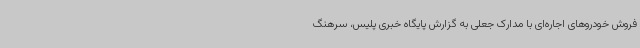
فروش خودروهای اجاره‌ای با مدارک جعلی به گزارش پایگاه خبری پلیس، سرهنگ